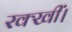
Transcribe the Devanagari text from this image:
रक्खीं।